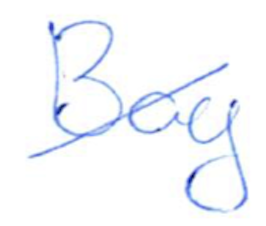
Text: Bay
Cross-out: diagonal
Writing tool: ballpoint